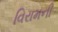
વિરામની